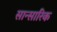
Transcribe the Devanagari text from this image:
सान्सारिक